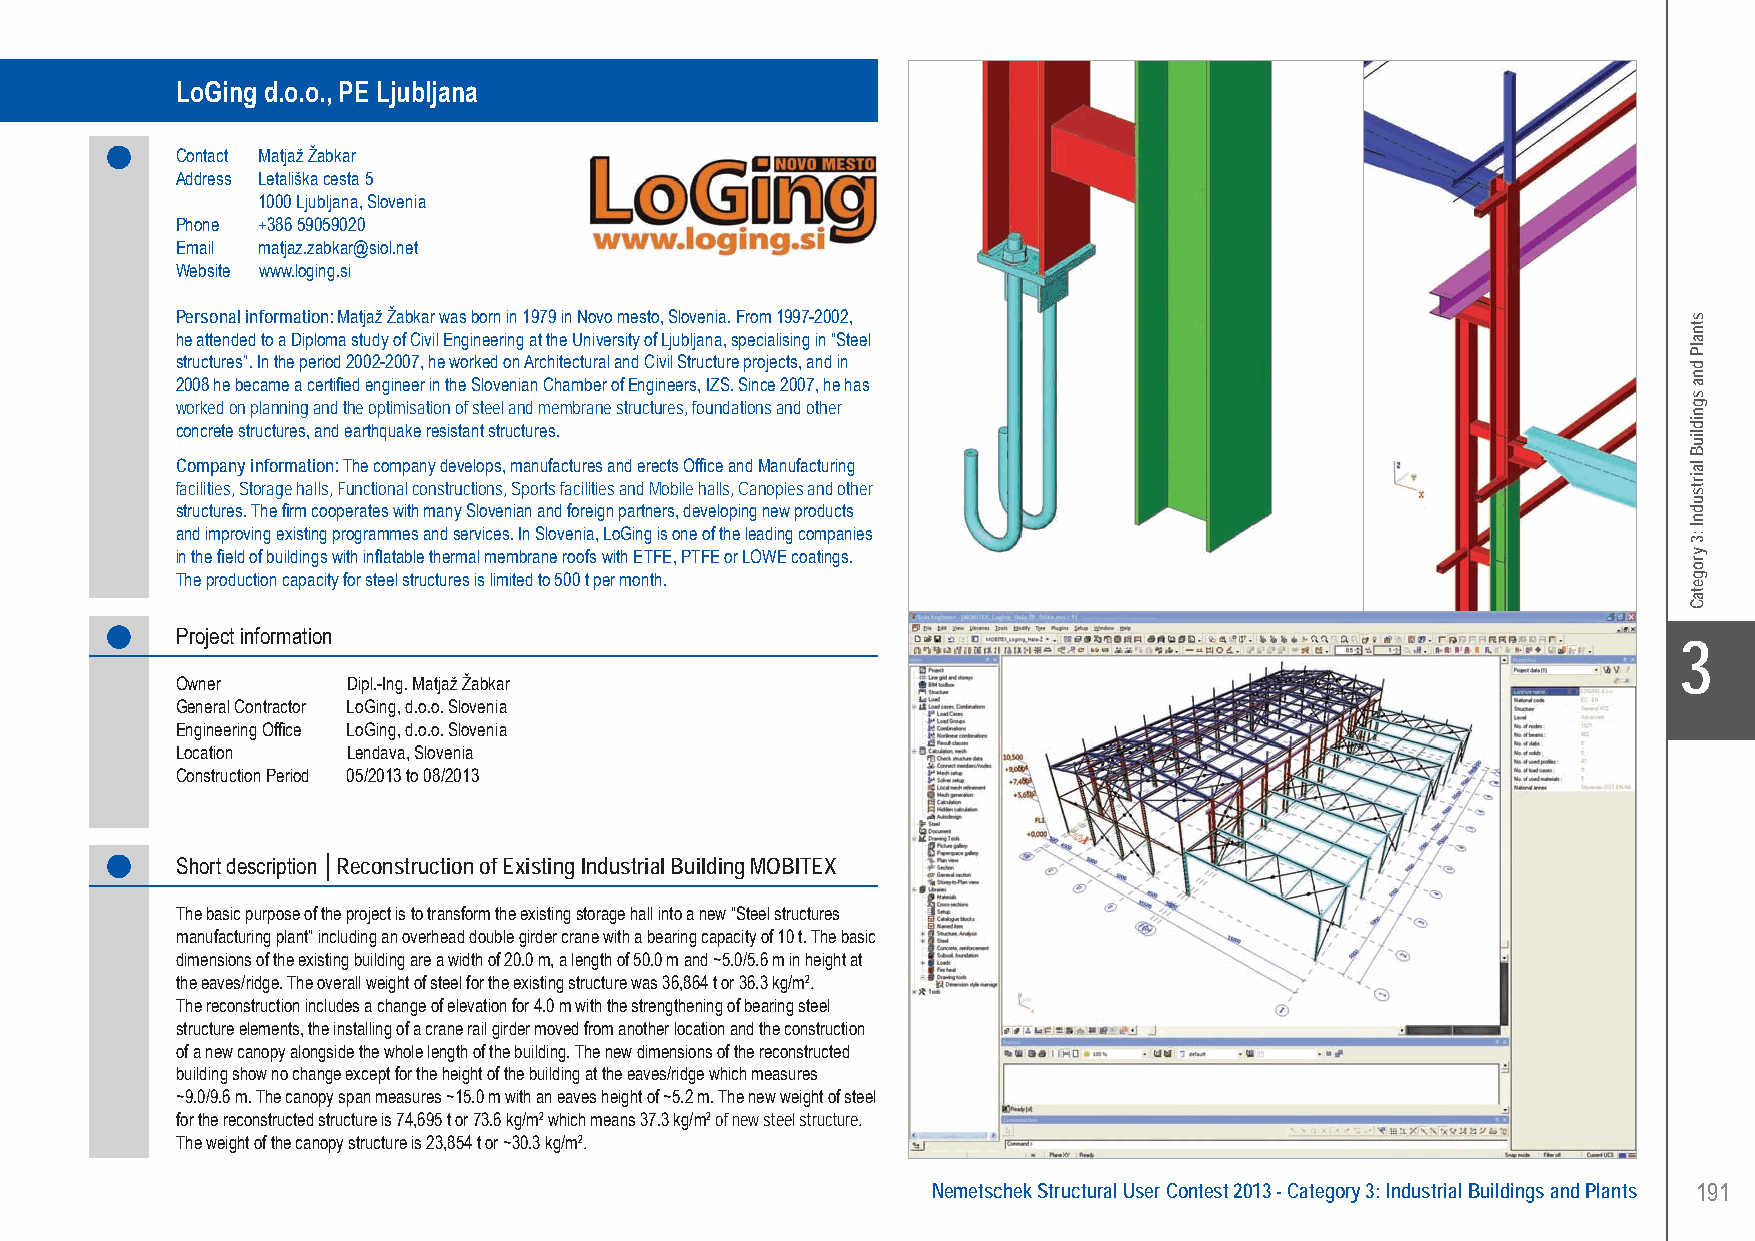
LoGing d.o.o., PE Ljubljana Reconstruction of Existing Industrial Building MOBITEX - Lendava, Slovenia
 LoGing d.o.o., PE Ljubljana
 Contact Matjaž Žabkar
 Address Letališka cesta 5
 1000 Ljubljana, Slovenia
 Phone +386 59059020
 Email matjaz.zabkar@siol.net
 Website www.loging.si
 Personal information: Matjaž Žabkar was born in 1979 in Novo mesto, Slovenia. From 1997-2002,
 he attended to a Diploma study of Civil Engineering at the University of Ljubljana, specialising in “Steel
 structures”. In the period 2002-2007, he worked on Architectural and Civil Structure projects, and in
 2008 he became a certified engineer in the Slovenian Chamber of Engineers, IZS. Since 2007, he has
 worked on planning and the optimisation of steel and membrane structures, foundations and other
 concrete structures, and earthquake resistant structures.
 Company information: The company develops, manufactures and erects Office and Manufacturing
 facilities, Storage halls, Functional constructions, Sports facilities and Mobile halls, Canopies and other
 structures. The firm cooperates with many Slovenian and foreign partners, developing new products
 and improving existing programmes and services. In Slovenia, LoGing is one of the leading companies
 in the field of buildings with inflatable thermal membrane roofs with ETFE, PTFE or LOWE coatings.
 The production capacity for steel structures is limited to 500 t per month.
 Project information
 X3
 Owner      Dipl.-Ing. Matjaž Žabkar
 General Contractor LoGing, d.o.o. Slovenia
 Engineering Office LoGing, d.o.o. Slovenia
 Location   Lendava, Slovenia
 Construction Period 05/2013 to 08/2013
 Short description │Reconstruction of Existing Industrial Building MOBITEX
 The basic purpose of the project is to transform the existing storage hall into a new “Steel structures
 manufacturing plant” including an overhead double girder crane with a bearing capacity of 10 t. The basic
 dimensions of the existing building are a width of 20.0 m, a length of 50.0 m and ~5.0/5.6 m in height at
 the eaves/ridge. The overall weight of steel for the existing structure was 36,864 t or 36.3 kg/m2.
 The reconstruction includes a change of elevation for 4.0 m with the strengthening of bearing steel
 structure elements, the installing of a crane rail girder moved from another location and the construction
 of a new canopy alongside the whole length of the building. The new dimensions of the reconstructed
 building show no change except for the height of the building at the eaves/ridge which measures
 ~9.0/9.6 m. The canopy span measures ~15.0 m with an eaves height of ~5.2 m. The new weight of steel
 for the reconstructed structure is 74,695 t or 73.6 kg/m2 which means 37.3 kg/m2 of new steel structure.
 The weight of the canopy structure is 23,854 t or ~30.3 kg/m2.
 Nemetschek Structural User Contest 2013 - Category 3: Industrial Buildings and Plants 191
 UC-2013-Book-V8.indd 191                                                                                  7/11/2013 12:04:55 PM
 stnalP
 dna
 sgnidliuB
 lairtsudnI
 :3
 yrogetaC